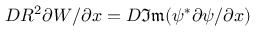
D R ^ { 2 } \partial W / \partial x = D \mathfrak { I m } ( \psi ^ { * } \partial \psi / \partial x )